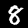
Label: 8